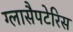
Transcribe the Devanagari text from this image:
ग्लासैपटेरिस